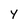
Character: y